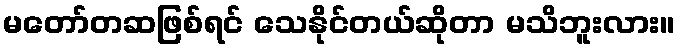
မတော်တဆဖြစ်ရင် သေနိုင်တယ်ဆိုတာ မသိဘူးလား။